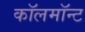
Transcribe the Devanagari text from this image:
कॉलमॉन्ट